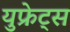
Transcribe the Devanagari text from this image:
युफ्रेट्स